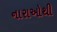
નારાઓથી